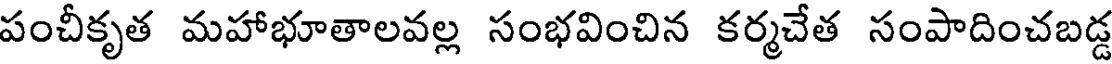
పంచీకృత మహాభూతాలవల్ల సంభవించిన కర్మచేత సంపాదించబడ్డ